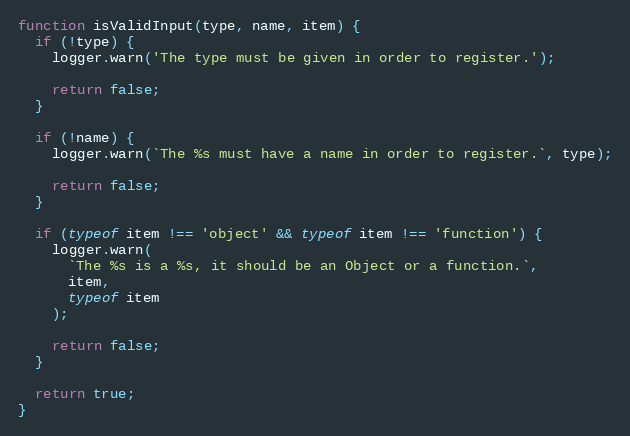
Language: JavaScript
function isValidInput(type, name, item) {
  if (!type) {
    logger.warn('The type must be given in order to register.');

    return false;
  }

  if (!name) {
    logger.warn(`The %s must have a name in order to register.`, type);

    return false;
  }

  if (typeof item !== 'object' && typeof item !== 'function') {
    logger.warn(
      `The %s is a %s, it should be an Object or a function.`,
      item,
      typeof item
    );

    return false;
  }

  return true;
}